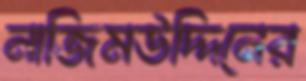
নাজিমউদ্দিনের